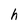
Character: h